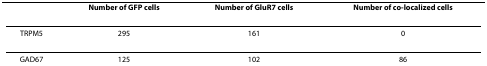
<table><thead><tr><td></td><td><b>Number of GFP cells</b></td><td><b>Number of GluR7 cells</b></td><td><b>Number of co-localized cells</b></td></tr></thead><tbody><tr><td>TRPM5</td><td>295</td><td>161</td><td>0</td></tr><tr><td>GAD67</td><td>125</td><td>102</td><td>86</td></tr></tbody></table>